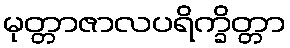
မုတ္တာဇာလပရိက္ခိတ္တာ